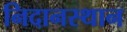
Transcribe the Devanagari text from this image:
निदानस्थान